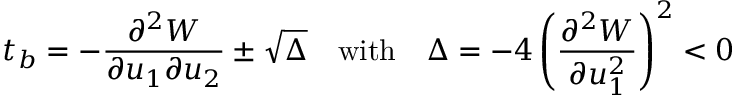
t _ { b } = - \frac { \partial ^ { 2 } W } { \partial u _ { 1 } \partial u _ { 2 } } \pm \sqrt { \Delta } \quad \mathrm { w i t h } \quad \Delta = - 4 \left( \frac { \partial ^ { 2 } W } { \partial u _ { 1 } ^ { 2 } } \right) ^ { 2 } < 0